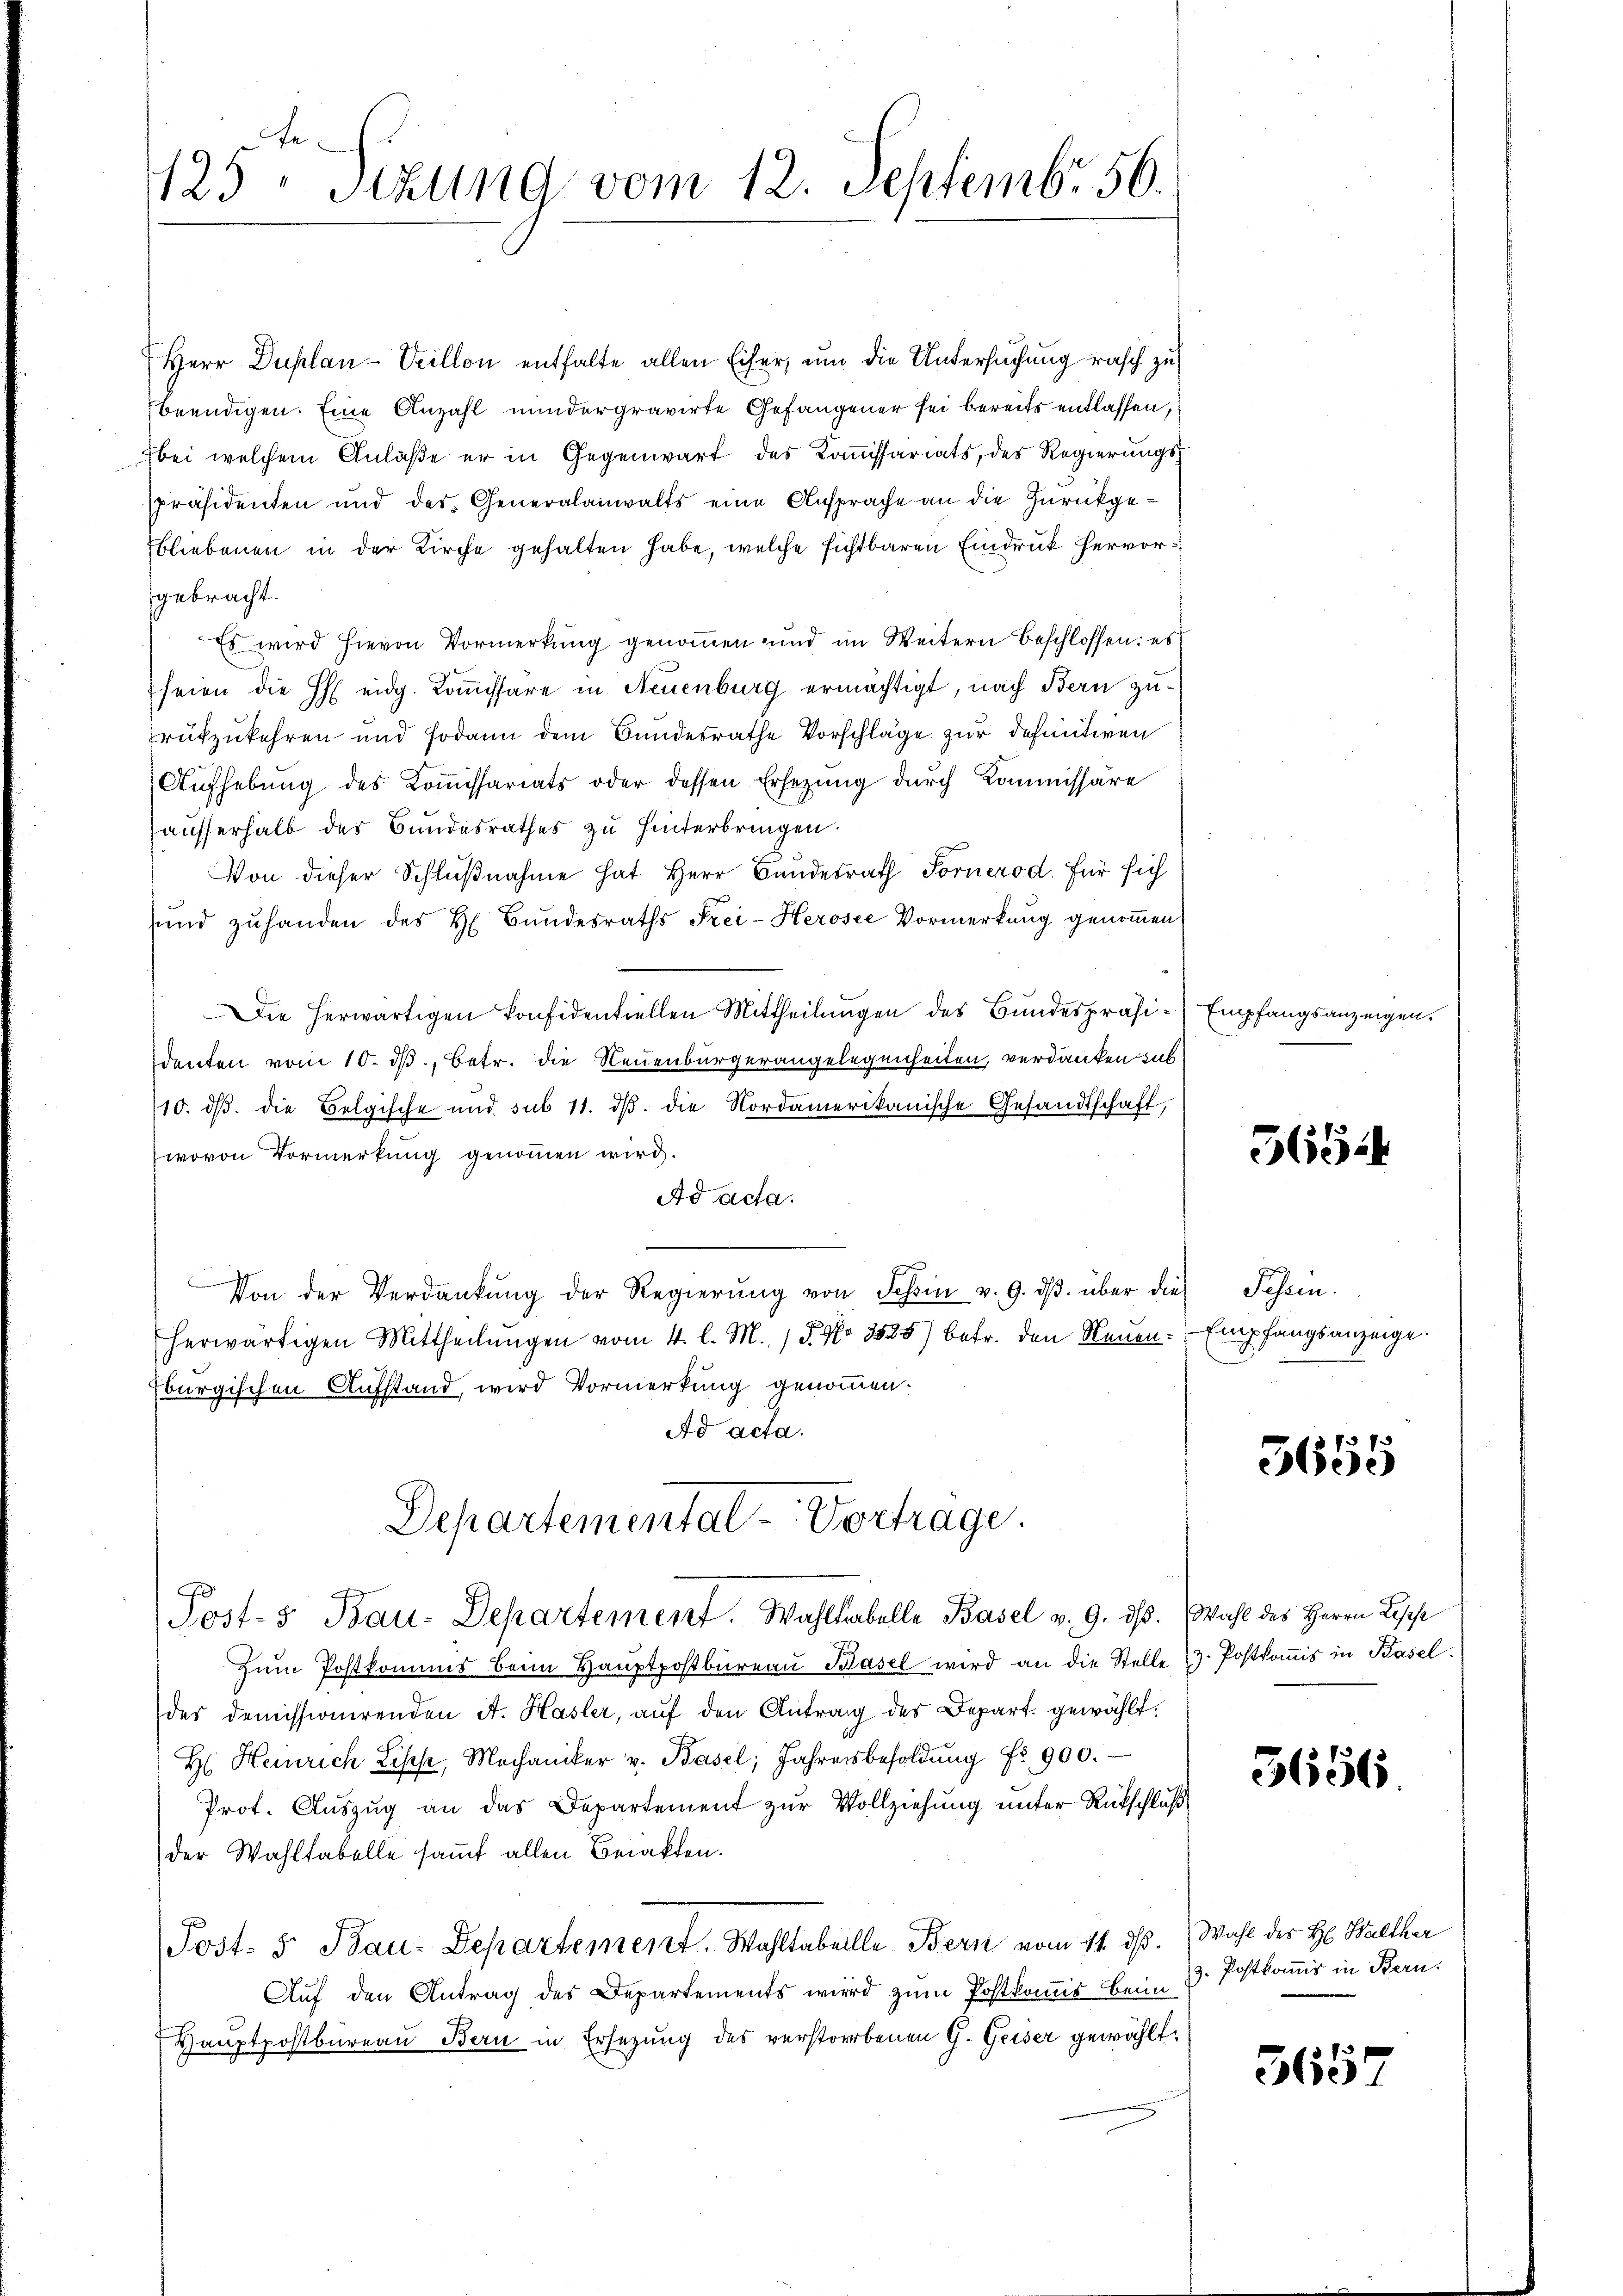
125 Sizung vom 12. Septemb. 56.

Herr Duplan-Veillon enthalte allen Eifer, um die Untersuchung rasch zu
beendigen. Eine Anzahl mindergravirte Gefangener sei bereits entlassen,
bei welchem Anlaße er in Gegenwart des Kommissariats, des Regierungs¬
Ppräsidenten und des Generalanwalts eine Ansprache an die Zurückgebliebenen in der Kirche gehalten habe, welche sichtbaren Eindruck hervorgebracht.
Es wird hievon Vormerkung genommen und im Weitern beschlossen: es
seien die Heidg. Kommissäre in Neuenburg ermächtigt, nach Bern zurükzukehren und sodann dem Bundesrathe Vorschläge zur definitiven
Aufhebung des Kommissariats oder dessen Ersezung durch Kommissäre
ausserhalb des Bundesrathes zu hinterbringen.
Von dieser Schlußnahme hat Herr Bundesrath Fornerod. Für sich
und zŭhanden des H. Bŭndesraths Frei-Keroser Vormerkung genoṁen
Die herwärtigen Confidentiellen Mittheilungen des Bundespräsidenten vom 10. ds., betr. die Neuenburgerangelegenheiten, verdanken sub
10. dβ die Belgische und sub 11. dβ die Nordamerikanische Gesandtschaft,
wovon Vormerkung genommen wird.
Ad acta.
Von der Verdankŭng der Regierŭng von Schin v. 9. dβ über dies
herwärtigen Mittheilungen vom 4. l. M. / 5. No 3535) betr. den Neuen Empfangsanzeige
Eburgischen Aufstand, wird Vormerkung genommen.
Ad acta.
Departemental-Vortrage.
Post- & Bau-Departement. Wahltabelle Basel v. 9. ds. Wahl des Herrn Lese
zŭm Postkommis beim Haŭptpostbüreaŭ Basel wird an die Stelle 3 Postkoṁis in Basel.
des demissionirenden A. Hasler, aŭf den Antrag des Depart gewählt.
H. Heinrich Lisch, Mechaniker v. Basel, Jahresbesoldŭng fr. 900.
Prot. Auszug an das Departement zur Vollziehung unter Rückschluß
der Wahltabelle samt allen Berakten.
Post- 5 Bau-Departement. Wohltabelle Bern vom 14. ds. Wahl des H. Balther
Auf den Antrag des Departements wird zum Postkommis Beim
Hauptpostbureau Bern in Ersezung des verstorbenen G. Geiser gewählt.

Empfangsanzeigen.

365.

Jahren.

3f
3650

5656

9. Postkomis in Bern.

565